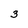
Character: 3